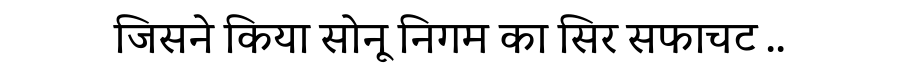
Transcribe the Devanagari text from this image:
जिसने किया सोनू निगम का सिर सफाचट ..